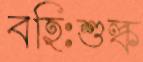
বহিঃশুল্ক